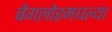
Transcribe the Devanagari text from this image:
बेंगलोरमधल्या